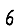
Digit: 6